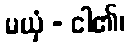
မယှံ - ငါ၏၊